Leaving Certificate Examination (including Day School Certificate (Higher) General paper), 1926
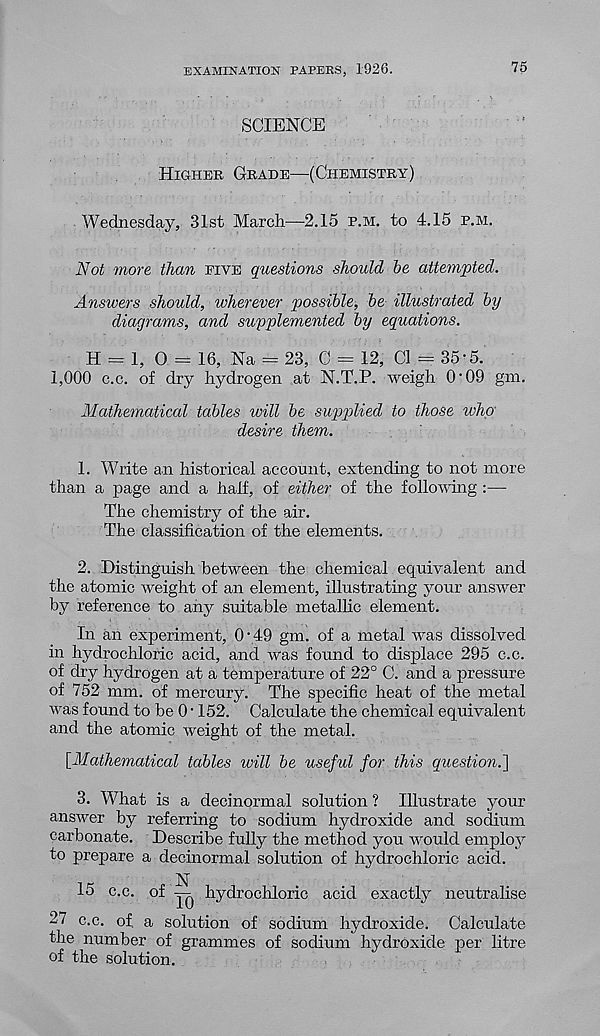
EXAMINATION PAPEBS, 1926.
75
SCIENCE
Higher Grade—(Chemistry)
Wednesday, 31st Marcli—2.15 e.m. to 4.15 p.m.
Not more than five questions should be attempted.
Answers should, wherever possible, be illustrated by
diagrams, and supplemented by equations.
H = 1, 0 = 16, Na = 23, C = 12, Cl = 35-5.
1,000 c.c. of dry hydrogen at N.T.P. weigh O'09 gm.
Mathematical tables will be supplied to those who
desire them.
1. Write an historical account, extending to not more
than a page and a half, of either of the following :—
The chemistry of the air.
The classification of the elements.
2. Distinguish between the chemical equivalent and
the atomic weight of an element, illustrating your answer
by reference to any suitable metallic element.
In an experiment, O'49 gm. of a metal was dissolved
in hydrochloric acid, and was found to displace 295 c.c.
of dry hydrogen at a temperature of 22° C. and a pressure
of 752 mm. of mercury. The specific heat of the metal
was found to be 0 • 152. Calculate the chemical equivalent
and the atomic weight of the metal,
{Mathematical tables will be useful for this question.]
3. What is a decinormal solution ? Illustrate your
answer by referring to sodium hydroxide and sodium
carbonate. Describe fully the method you would employ
to prepare a decinormal solution of hydrochloric acid.
15 c.c. of y|. hydrochloric acid exactly neutralise
27 c.c. of. a solution of sodium hydroxide. Calculate
the number of grammes of sodium hydroxide per litre
of the solution.